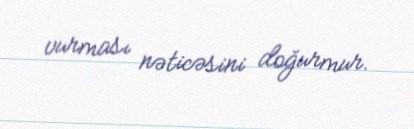
vurması nəticəsini doğurmur.